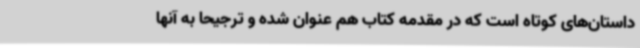
داستان‌های کوتاه است که در مقدمه کتاب هم عنوان شده و ترجیحاً به آنها